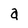
Character: a